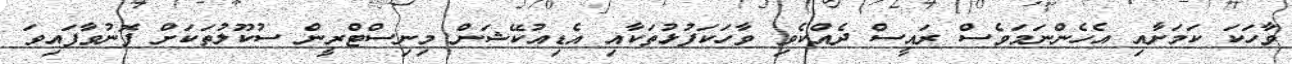
ވާހަކަ ކަމަށާއި އެހެންނަމަވެސް ރައީސް ދެއްކެވި ވާހަކަފުޅުތަކާއި އެޑިއުކޭޝަން މިނިސްޓްރީން ސުކޫލުތަކަށް ފޮނުވާފައިވަ